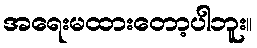
အရေးမထားတော့ပါဘူး။